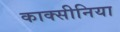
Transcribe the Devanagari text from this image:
काक्सीनिया